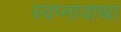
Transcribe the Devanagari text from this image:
स्वप्नावाथा